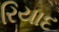
રિયાદ